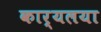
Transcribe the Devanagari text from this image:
कार्यलया